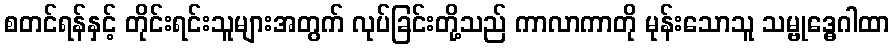
စတင်ရန်နှင့် တိုင်းရင်းသူများအတွက် လုပ်ခြင်းတို့သည် ကာလာကာတို မုန်းသောသူ သမ္ဗုဒ္ဓေဂါထာ